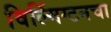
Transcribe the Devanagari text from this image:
विल्मिंग्टनचा